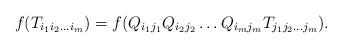
LaTeX: \begin{align*}f(T_{i_1i_2\ldots i_m})=f(Q_{i_1j_1}Q_{i_2j_2}\ldots Q_{i_mj_m}T_{j_1j_2\ldots j_m}).\end{align*}